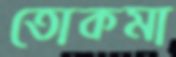
তোকমা